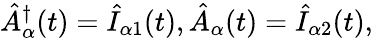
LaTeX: \hat{A}_{\alpha}^{\dagger}(t)=\hat{I}_{\alpha 1}(t),\hat{A}_{\alpha}(t)=\hat{I}_{\alpha 2}(t),